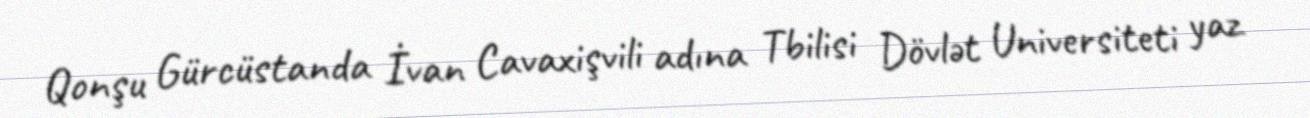
Qonşu Gürcüstanda İvan Cavaxişvili adına Tbilisi Dövlət Universiteti yaz